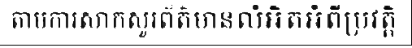
តាមការសាកសួរព័ត៌មានលំអិតអំពីប្រវត្តិ